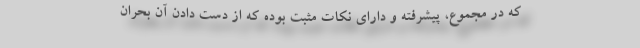
که در مجموع، پیشرفته و دارای نکات مثبت بوده که از دست دادن آن بحران